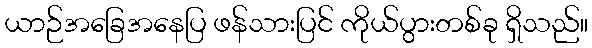
ယာဉ်အခြေအနေပြ ဖန်သားပြင် ကိုယ်ပွားတစ်ခု ရှိသည်။